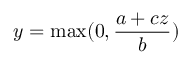
{ y = \operatorname* { m a x } ( 0 , \frac { a + c z } { b } ) }